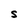
Character: S